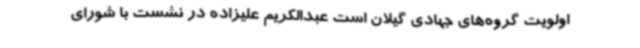
اولویت گروه‌های جهادی گیلان است عبدالکریم علیزاده در نشست با شورای